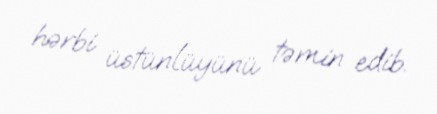
hərbi üstünlüyünü təmin edib.